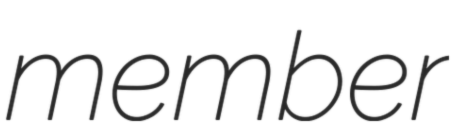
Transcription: member